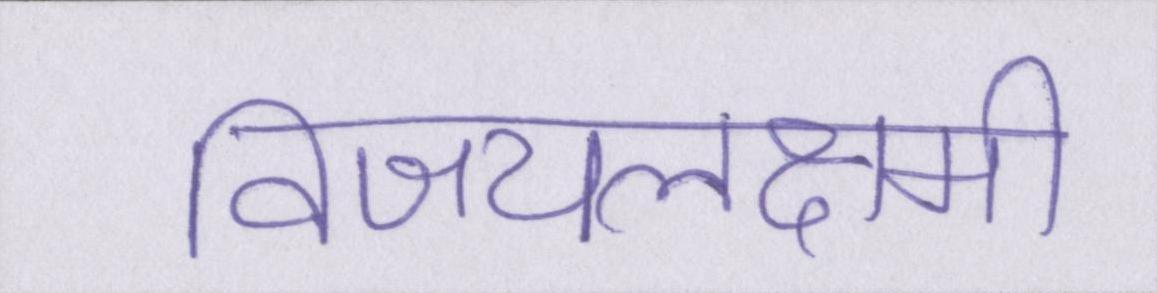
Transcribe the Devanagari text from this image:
विजयलक्ष्मी